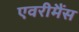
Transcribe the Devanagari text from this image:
एवरीमैंस